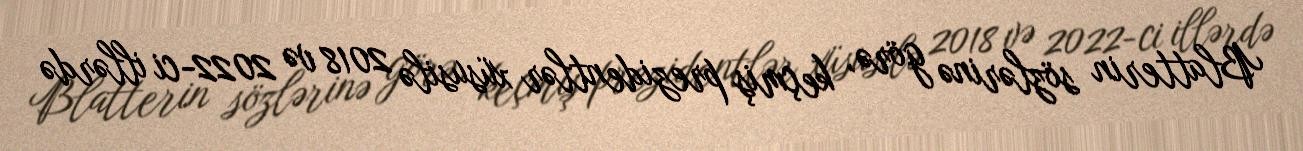
Blatterin sözlərinə görə, keçmiş prezidentlər xüsusilə 2018 və 2022-ci illərdə